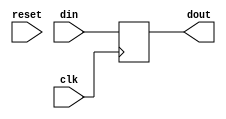

module pos_delay( din, dout, clk, reset);

	input clk, reset;
	input  din;
	output  dout;
	reg pstate;
	reg dout;


		
	always @ (posedge clk)
		begin
			if (reset == 1'b1) dout = din;

			else if (reset == 1'b0)  dout = din;
		end

	
endmodule

/*
	input clk, reset;
	input  din;
	output  dout;
	reg pstate;
	reg dout;


	parameter S0=1'b0, S1=1'b1;
		
	always @ (posedge clk)
		begin
			if (reset == 1'b1) pstate = S0;

			else if (reset == 1'b0)  pstate = S1;
		end
		
	always @ (pstate)
		begin
			
			case(pstate)		
				S0: dout = din;
				S1: dout = din;
			endcase
		end
		
		

endmodule
*/